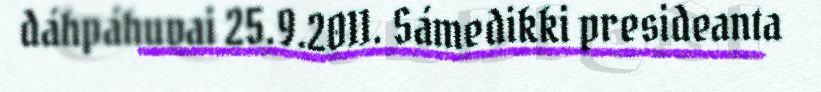
dáhpáhuvai 25.9.2011. Sámedikki presideanta